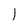
Character: l